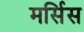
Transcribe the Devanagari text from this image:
मर्सिस